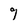
Character: 9